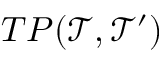
T P ( \mathcal { T } , \mathcal { T } ^ { \prime } )